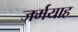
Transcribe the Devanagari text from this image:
जर्मयाह